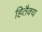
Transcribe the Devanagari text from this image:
हितैक्य